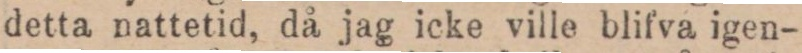
detta nattetid, då jag icke ville blifva igen-